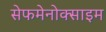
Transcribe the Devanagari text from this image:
सेफमेनोक्साइम